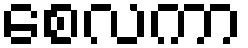
စေလကာ